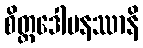
စိတ္တဒေါမနဿာနိ